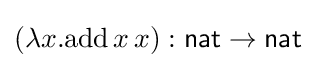
(\lambda x.\mathrm {add} \,x\,x):{\mathsf {nat}}\to {\mathsf {nat}}